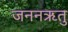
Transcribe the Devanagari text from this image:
जननऋतु